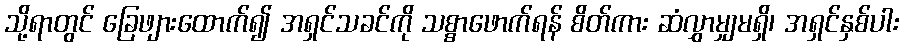
သို့ရာတွင် ခြေဖျားထောက်၍ အရှင်သခင်ကို သစ္စာဖောက်ရန် စိတ်ကား ဆံလွှာမျှမရှိ၊ အရှင်နှစ်ပါး